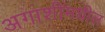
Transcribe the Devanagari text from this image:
अगाशीमधील